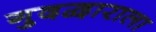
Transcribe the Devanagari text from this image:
गुदद्वाराला